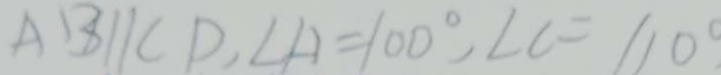
A B / / C D , \angle A = 1 0 0 ^ { \circ } , \angle C = 1 1 0 ^ { \circ }